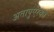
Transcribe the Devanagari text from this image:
अतापुएरका